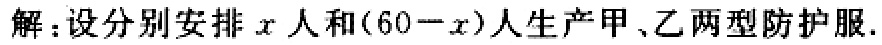
解：设分别安排\(x\)人和\((60 - x)\)人生产甲、乙两型防护服.